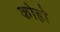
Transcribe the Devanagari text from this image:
कोहो